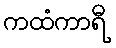
ကထံကာရီ